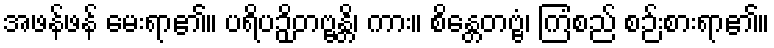
အဖန်ဖန် မေးရာ၏။ ပရိပဉှိတဗ္ဗန္တိ၊ ကား။ စိန္တေတဗ္ဗံ၊ ကြံစည် စဉ်းစားရာ၏။